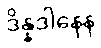
ဒိန္နဒါနေန